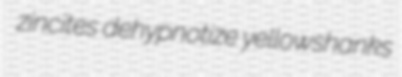
zincites dehypnotize yellowshanks